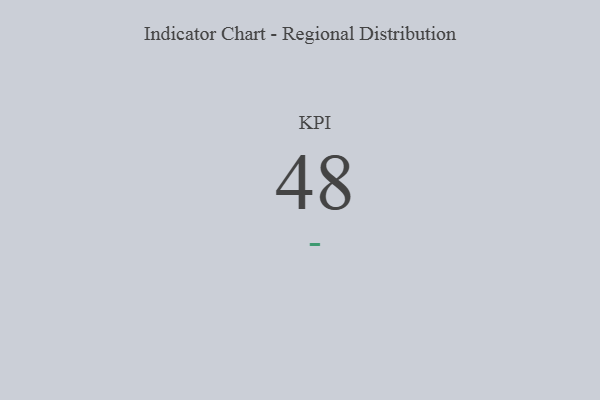
{"axis": {"x": "KPI", "y": "Value"}, "legend": [""], "data": [{"x": "KPI", "y": 48, "type": ""}]}